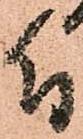
付